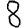
Digit: 8